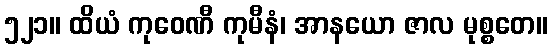
၅၂၁။ ထိယံ ကုဝေဏီ ကုမီနံ၊ အာနယော ဇာလ မုစ္စတေ။